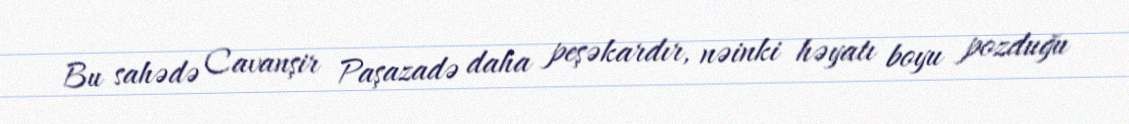
Bu sahədə Cavanşir Paşazadə daha peşəkardır, nəinki həyatı boyu pozduğu